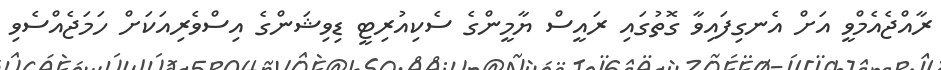
ރާއްޖެއެމްވީ އަށް އެނގިފައިވާ ގޮތުގައި ރައީސް ޔާމީންގެ ސެކިއުރިޓީ ޑިވިޝަންގެ އިސްވެރިއަކަށް ހަމަޖެއްސެވި